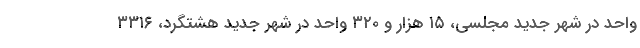
واحد در شهر جدید مجلسی، ۱۵ هزار و ۳۲۰ واحد در شهر جدید هشتگرد، ۳۳۱۶